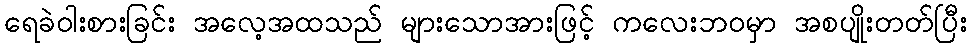
ရေခဲဝါးစားခြင်း အလေ့အထသည် များသောအားဖြင့် ကလေးဘဝမှာ အစပျိုးတတ်ပြီး